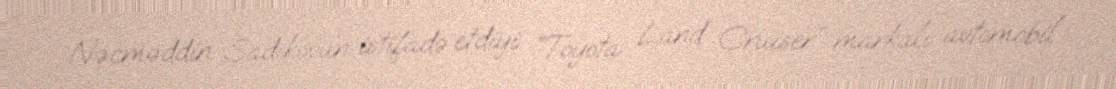
Nəcməddin Sadıkovun istifadə etdiyi “Toyota Land Cruiser” markalı avtomobil